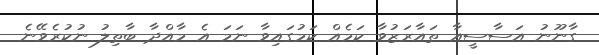
ގާނޫނު އަސާސީއާ ތައާރަޒުވާ ކަމެއް ކަމުގައިވާ ނަމަ އެ މާއްދާ ބާތިލު ނުކުރެވޭނެ